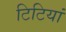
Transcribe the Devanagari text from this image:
टिटियां